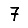
Digit: 7